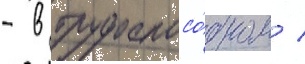
- в трудоспосо́бном /